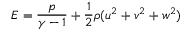
E = \frac { p } { \gamma - 1 } + \frac { 1 } { 2 } \rho ( u ^ { 2 } + v ^ { 2 } + w ^ { 2 } )